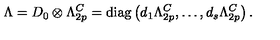
\Lambda = D _ { 0 } \otimes \Lambda _ { 2 p } ^ { C } = \mathrm { d i a g } \left( d _ { 1 } \Lambda _ { 2 p } ^ { C } , \ldots , d _ { s } \Lambda _ { 2 p } ^ { C } \right) .